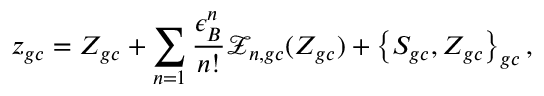
z _ { g c } = Z _ { g c } + \sum _ { n = 1 } \frac { \epsilon _ { B } ^ { n } } { n ! } \mathcal { Z } _ { n , g c } ( Z _ { g c } ) + \left\{ S _ { g c } , Z _ { g c } \right\} _ { g c } ,